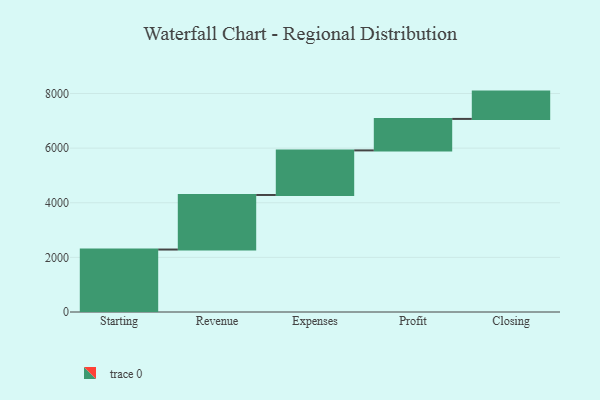
{"axis": {"x": "Step", "y": "Value"}, "legend": [""], "data": [{"x": "Starting", "y": 2287.0, "type": ""}, {"x": "Revenue", "y": 1998.0, "type": ""}, {"x": "Expenses", "y": 1632.0, "type": ""}, {"x": "Profit", "y": 1153.0, "type": ""}, {"x": "Closing", "y": 1000, "type": ""}]}